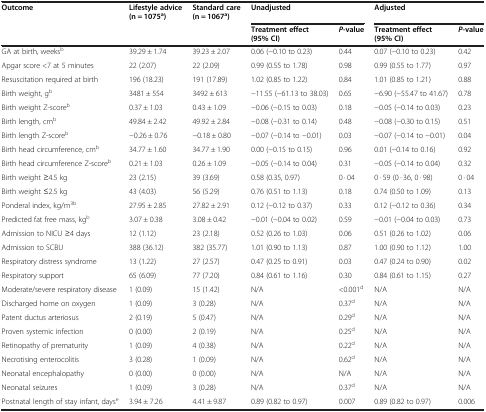
<table><thead><tr><td><b>Outcome</b></td><td><b>Lifestyle advice (n = 1075<sup>a</sup>)</b></td><td><b>Standard care (n = 1067<sup>a</sup>)</b></td><td colspan="2"><b>Unadjusted</b></td><td colspan="2"><b>Adjusted</b></td></tr><tr><td></td><td></td><td></td><td><b>Treatment effect (95% CI)</b></td><td><b><i>P</i>-value</b></td><td><b>Treatment effect (95% CI)</b></td><td><b><i>P</i>-value</b></td></tr></thead><tbody><tr><td>GA at birth, weeks<sup>b</sup></td><td>39.29 ± 1.74</td><td>39.23 ± 2.07</td><td>0.06 (−0.10 to 0.23)</td><td>0.44</td><td>0.07 (−0.10 to 0.23)</td><td>0.42</td></tr><tr><td>Apgar score &lt;7 at 5 minutes</td><td>22 (2.07)</td><td>22 (2.09)</td><td>0.99 (0.55 to 1.78)</td><td>0.98</td><td>0.99 (0.55 to 1.77)</td><td>0.97</td></tr><tr><td>Resuscitation required at birth</td><td>196 (18.23)</td><td>191 (17.89)</td><td>1.02 (0.85 to 1.22)</td><td>0.84</td><td>1.01 (0.85 to 1.21)</td><td>0.88</td></tr><tr><td>Birth weight, g<sup>b</sup></td><td>3481 ± 554</td><td>3492 ± 613</td><td>−11.55 (−61.13 to 38.03)</td><td>0.65</td><td>−6.90 (−55.47 to 41.67)</td><td>0.78</td></tr><tr><td>Birth weight Z-score<sup>b</sup></td><td>0.37 ± 1.03</td><td>0.43 ± 1.09</td><td>−0.06 (−0.15 to 0.03)</td><td>0.18</td><td>−0.05 (−0.14 to 0.03)</td><td>0.23</td></tr><tr><td>Birth length, cm<sup>b</sup></td><td>49.84 ± 2.42</td><td>49.92 ± 2.84</td><td>−0.08 (−0.31 to 0.14)</td><td>0.48</td><td>−0.08 (−0.30 to 0.15)</td><td>0.51</td></tr><tr><td>Birth length Z-score<sup>b</sup></td><td>−0.26 ± 0.76</td><td>−0.18 ± 0.80</td><td>−0.07 (−0.14 to −0.01)</td><td>0.03</td><td>−0.07 (−0.14 to −0.01)</td><td>0.04</td></tr><tr><td>Birth head circumference, cm<sup>b</sup></td><td>34.77 ± 1.60</td><td>34.77 ± 1.90</td><td>0.00 (−0.15 to 0.15)</td><td>0.96</td><td>0.01 (−0.14 to 0.16)</td><td>0.92</td></tr><tr><td>Birth head circumference Z-score<sup>b</sup></td><td>0.21 ± 1.03</td><td>0.26 ± 1.09</td><td>−0.05 (−0.14 to 0.04)</td><td>0.31</td><td>−0.05 (−0.14 to 0.04)</td><td>0.32</td></tr><tr><td>Birth weight ≥4.5 kg</td><td>23 (2.15)</td><td>39 (3.69)</td><td>0.58 (0.35, 0.97)</td><td>0 · 04</td><td>0 · 59 (0 · 36, 0 · 98)</td><td>0 · 04</td></tr><tr><td>Birth weight ≤2.5 kg</td><td>43 (4.03)</td><td>56 (5.29)</td><td>0.76 (0.51 to 1.13)</td><td>0.18</td><td>0.74 (0.50 to 1.09)</td><td>0.13</td></tr><tr><td>Ponderal index, kg/m<sup>3b</sup></td><td>27.95 ± 2.85</td><td>27.82 ± 2.91</td><td>0.12 (−0.12 to 0.37)</td><td>0.33</td><td>0.12 (−0.12 to 0.36)</td><td>0.34</td></tr><tr><td>Predicted fat free mass, kg<sup>b</sup></td><td>3.07 ± 0.38</td><td>3.08 ± 0.42</td><td>−0.01 (−0.04 to 0.02)</td><td>0.59</td><td>−0.01 (−0.04 to 0.03)</td><td>0.73</td></tr><tr><td>Admission to NICU ≥4 days</td><td>12 (1.12)</td><td>23 (2.18)</td><td>0.52 (0.26 to 1.03)</td><td>0.06</td><td>0.51 (0.26 to 1.02)</td><td>0.06</td></tr><tr><td>Admission to SCBU</td><td>388 (36.12)</td><td>382 (35.77)</td><td>1.01 (0.90 to 1.13)</td><td>0.87</td><td>1.00 (0.90 to 1.12)</td><td>1.00</td></tr><tr><td>Respiratory distress syndrome</td><td>13 (1.22)</td><td>27 (2.57)</td><td>0.47 (0.25 to 0.91)</td><td>0.03</td><td>0.47 (0.24 to 0.90)</td><td>0.02</td></tr><tr><td>Respiratory support</td><td>65 (6.09)</td><td>77 (7.20)</td><td>0.84 (0.61 to 1.16)</td><td>0.30</td><td>0.84 (0.61 to 1.15)</td><td>0.27</td></tr><tr><td>Moderate/severe respiratory disease</td><td>1 (0.09)</td><td>15 (1.42)</td><td>N/A</td><td>&lt;0.001<sup>d</sup></td><td>N/A</td><td>N/A</td></tr><tr><td>Discharged home on oxygen</td><td>1 (0.09)</td><td>3 (0.28)</td><td>N/A</td><td>0.37<sup>d</sup></td><td>N/A</td><td>N/A</td></tr><tr><td>Patent ductus arteriosus</td><td>2 (0.19)</td><td>5 (0.47)</td><td>N/A</td><td>0.29<sup>d</sup></td><td>N/A</td><td>N/A</td></tr><tr><td>Proven systemic infection</td><td>0 (0.00)</td><td>2 (0.19)</td><td>N/A</td><td>0.25<sup>d</sup></td><td>N/A</td><td>N/A</td></tr><tr><td>Retinopathy of prematurity</td><td>1 (0.09)</td><td>4 (0.38)</td><td>N/A</td><td>0.22<sup>d</sup></td><td>N/A</td><td>N/A</td></tr><tr><td>Necrotising enterocolitis</td><td>3 (0.28)</td><td>1 (0.09)</td><td>N/A</td><td>0.62<sup>d</sup></td><td>N/A</td><td>N/A</td></tr><tr><td>Neonatal encephalopathy</td><td>0 (0.00)</td><td>0 (0.00)</td><td>N/A</td><td>N/A</td><td>N/A</td><td>N/A</td></tr><tr><td>Neonatal seizures</td><td>1 (0.09)</td><td>3 (0.28)</td><td>N/A</td><td>0.37<sup>d</sup></td><td>N/A</td><td>N/A</td></tr><tr><td>Postnatal length of stay infant, days<sup>e</sup></td><td>3.94 ± 7.26</td><td>4.41 ± 9.87</td><td>0.89 (0.82 to 0.97)</td><td>0.007</td><td>0.89 (0.82 to 0.97)</td><td>0.006</td></tr></tbody></table>